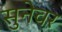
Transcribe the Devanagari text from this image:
सुनेवर